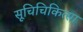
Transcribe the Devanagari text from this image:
सूचिचिकित्सा